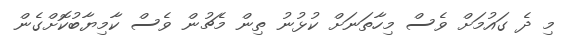
މި ދެ ގައުމަށް ވެސް މިހާތަނަށް ކުޅުނު ތިން މެޗުން ވެސް ކާމިޔާބުކޮށްގެން